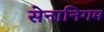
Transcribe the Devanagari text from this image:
सेनानिगम